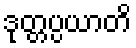
ဒုတ္တပ္ပယာတိ